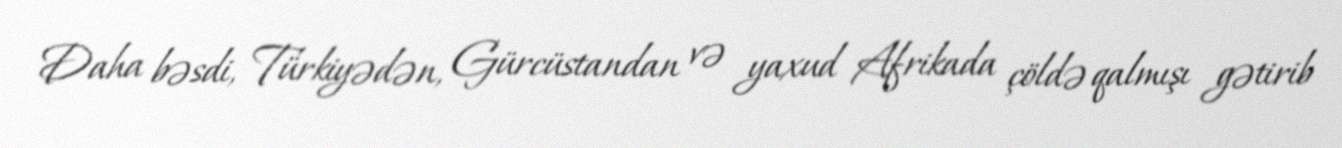
Daha bəsdi, Türkiyədən, Gürcüstandan və yaxud Afrikada çöldə qalmışı gətirib